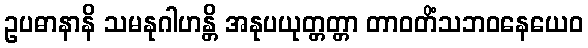
ဥပဓာနာနိ သမနုဂါဟန္တိ အနုပယုတ္တတ္တာ တာဝတိံသဘဝနေယေဝ